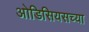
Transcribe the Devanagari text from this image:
ओडिसियसच्या